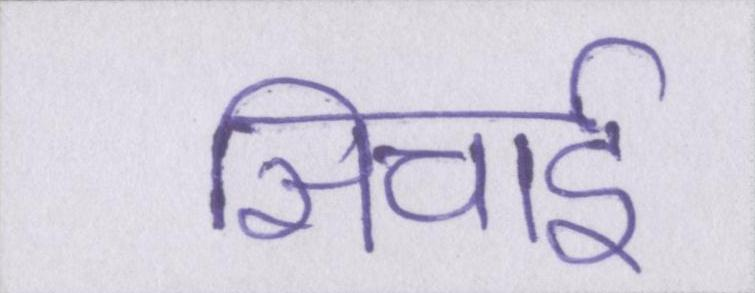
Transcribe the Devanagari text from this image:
सिचाई